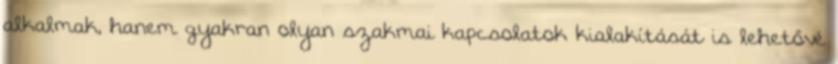
alkalmak, hanem gyakran olyan szakmai kapcsolatok kialakítását is lehetővé